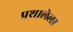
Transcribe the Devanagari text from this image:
प्रशालेला